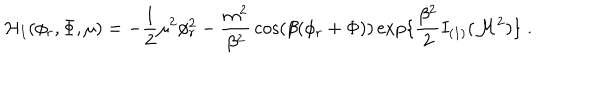
LaTeX: { \cal H } _ { I } ( \phi _ { r } , \Phi , \mu ) = - { \frac { 1 } { 2 } } \mu ^ { 2 } \phi _ { r } ^ { 2 } - { \frac { m ^ { 2 } } { \beta ^ { 2 } } } \cos ( \beta ( \phi _ { r } + \Phi ) ) \exp \{ { \frac { \beta ^ { 2 } } { 2 } } I _ { ( 1 ) } ( { \cal M } ^ { 2 } ) \} \; .